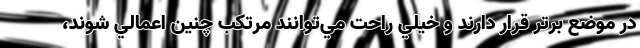
در موضع برتر قرار دارند و خيلي راحت مي‌توانند مرتكب چنين اعمالي شوند،